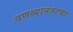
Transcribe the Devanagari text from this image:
वणव्यानंतरचा